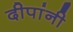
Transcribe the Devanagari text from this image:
दीपांनी